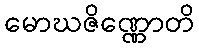
မောဃဇိဏ္ဏောတိ